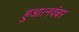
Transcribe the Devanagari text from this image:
हुआ।नवंबर